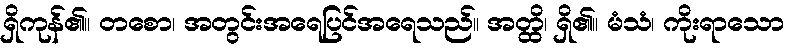
ရှိကုန်၏။ တစော၊ အတွင်းအရေပြင်အရေသည်။ အတ္ထိ၊ ရှိ၏။ မံသံ၊ ကိုးရာသော